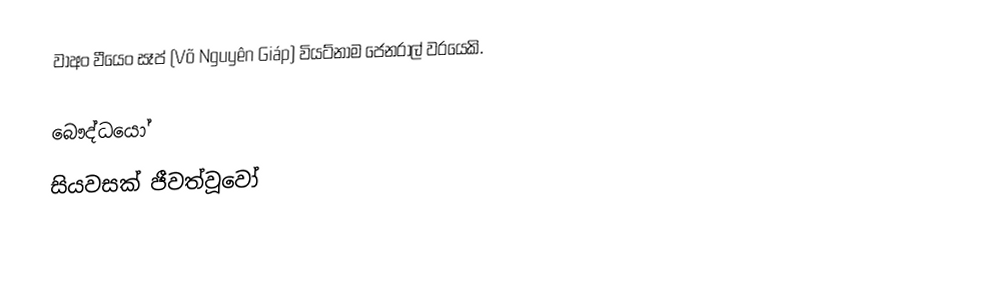
වාඅං වීයෙං සෑප් (Võ Nguyên Giáp) වියට්නාම ජෙනරාල් වරයෙකි.

බෞද්ධයෝ
සියවසක් ජීවත්වූවෝ